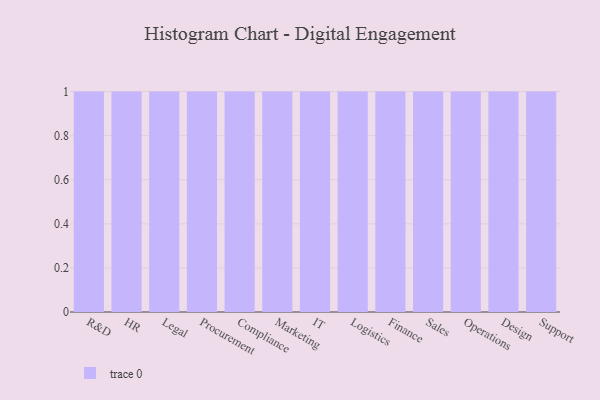
{"axis": {"x": "Department", "y": "Shipments"}, "legend": [""], "data": [{"x": "R&D", "y": 18, "type": ""}, {"x": "HR", "y": 12, "type": ""}, {"x": "Legal", "y": 2, "type": ""}, {"x": "Procurement", "y": 52, "type": ""}, {"x": "Compliance", "y": 4, "type": ""}, {"x": "Marketing", "y": 89, "type": ""}, {"x": "IT", "y": 45, "type": ""}, {"x": "Logistics", "y": 97, "type": ""}, {"x": "Finance", "y": 99, "type": ""}, {"x": "Sales", "y": 10, "type": ""}, {"x": "Operations", "y": 38, "type": ""}, {"x": "Design", "y": 80, "type": ""}, {"x": "Support", "y": 32, "type": ""}]}